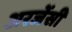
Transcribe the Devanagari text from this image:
अरजेंसी